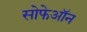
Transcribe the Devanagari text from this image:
सोफेऑन